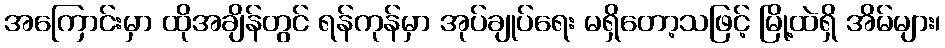
အကြောင်းမှာ ထိုအချိန်တွင် ရန်ကုန်မှာ အုပ်ချုပ်ရေး မရှိတော့သဖြင့် မြို့ထဲရှိ အိမ်များ၊